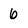
Character: 6